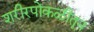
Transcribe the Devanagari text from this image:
शरीरपोकळीतून